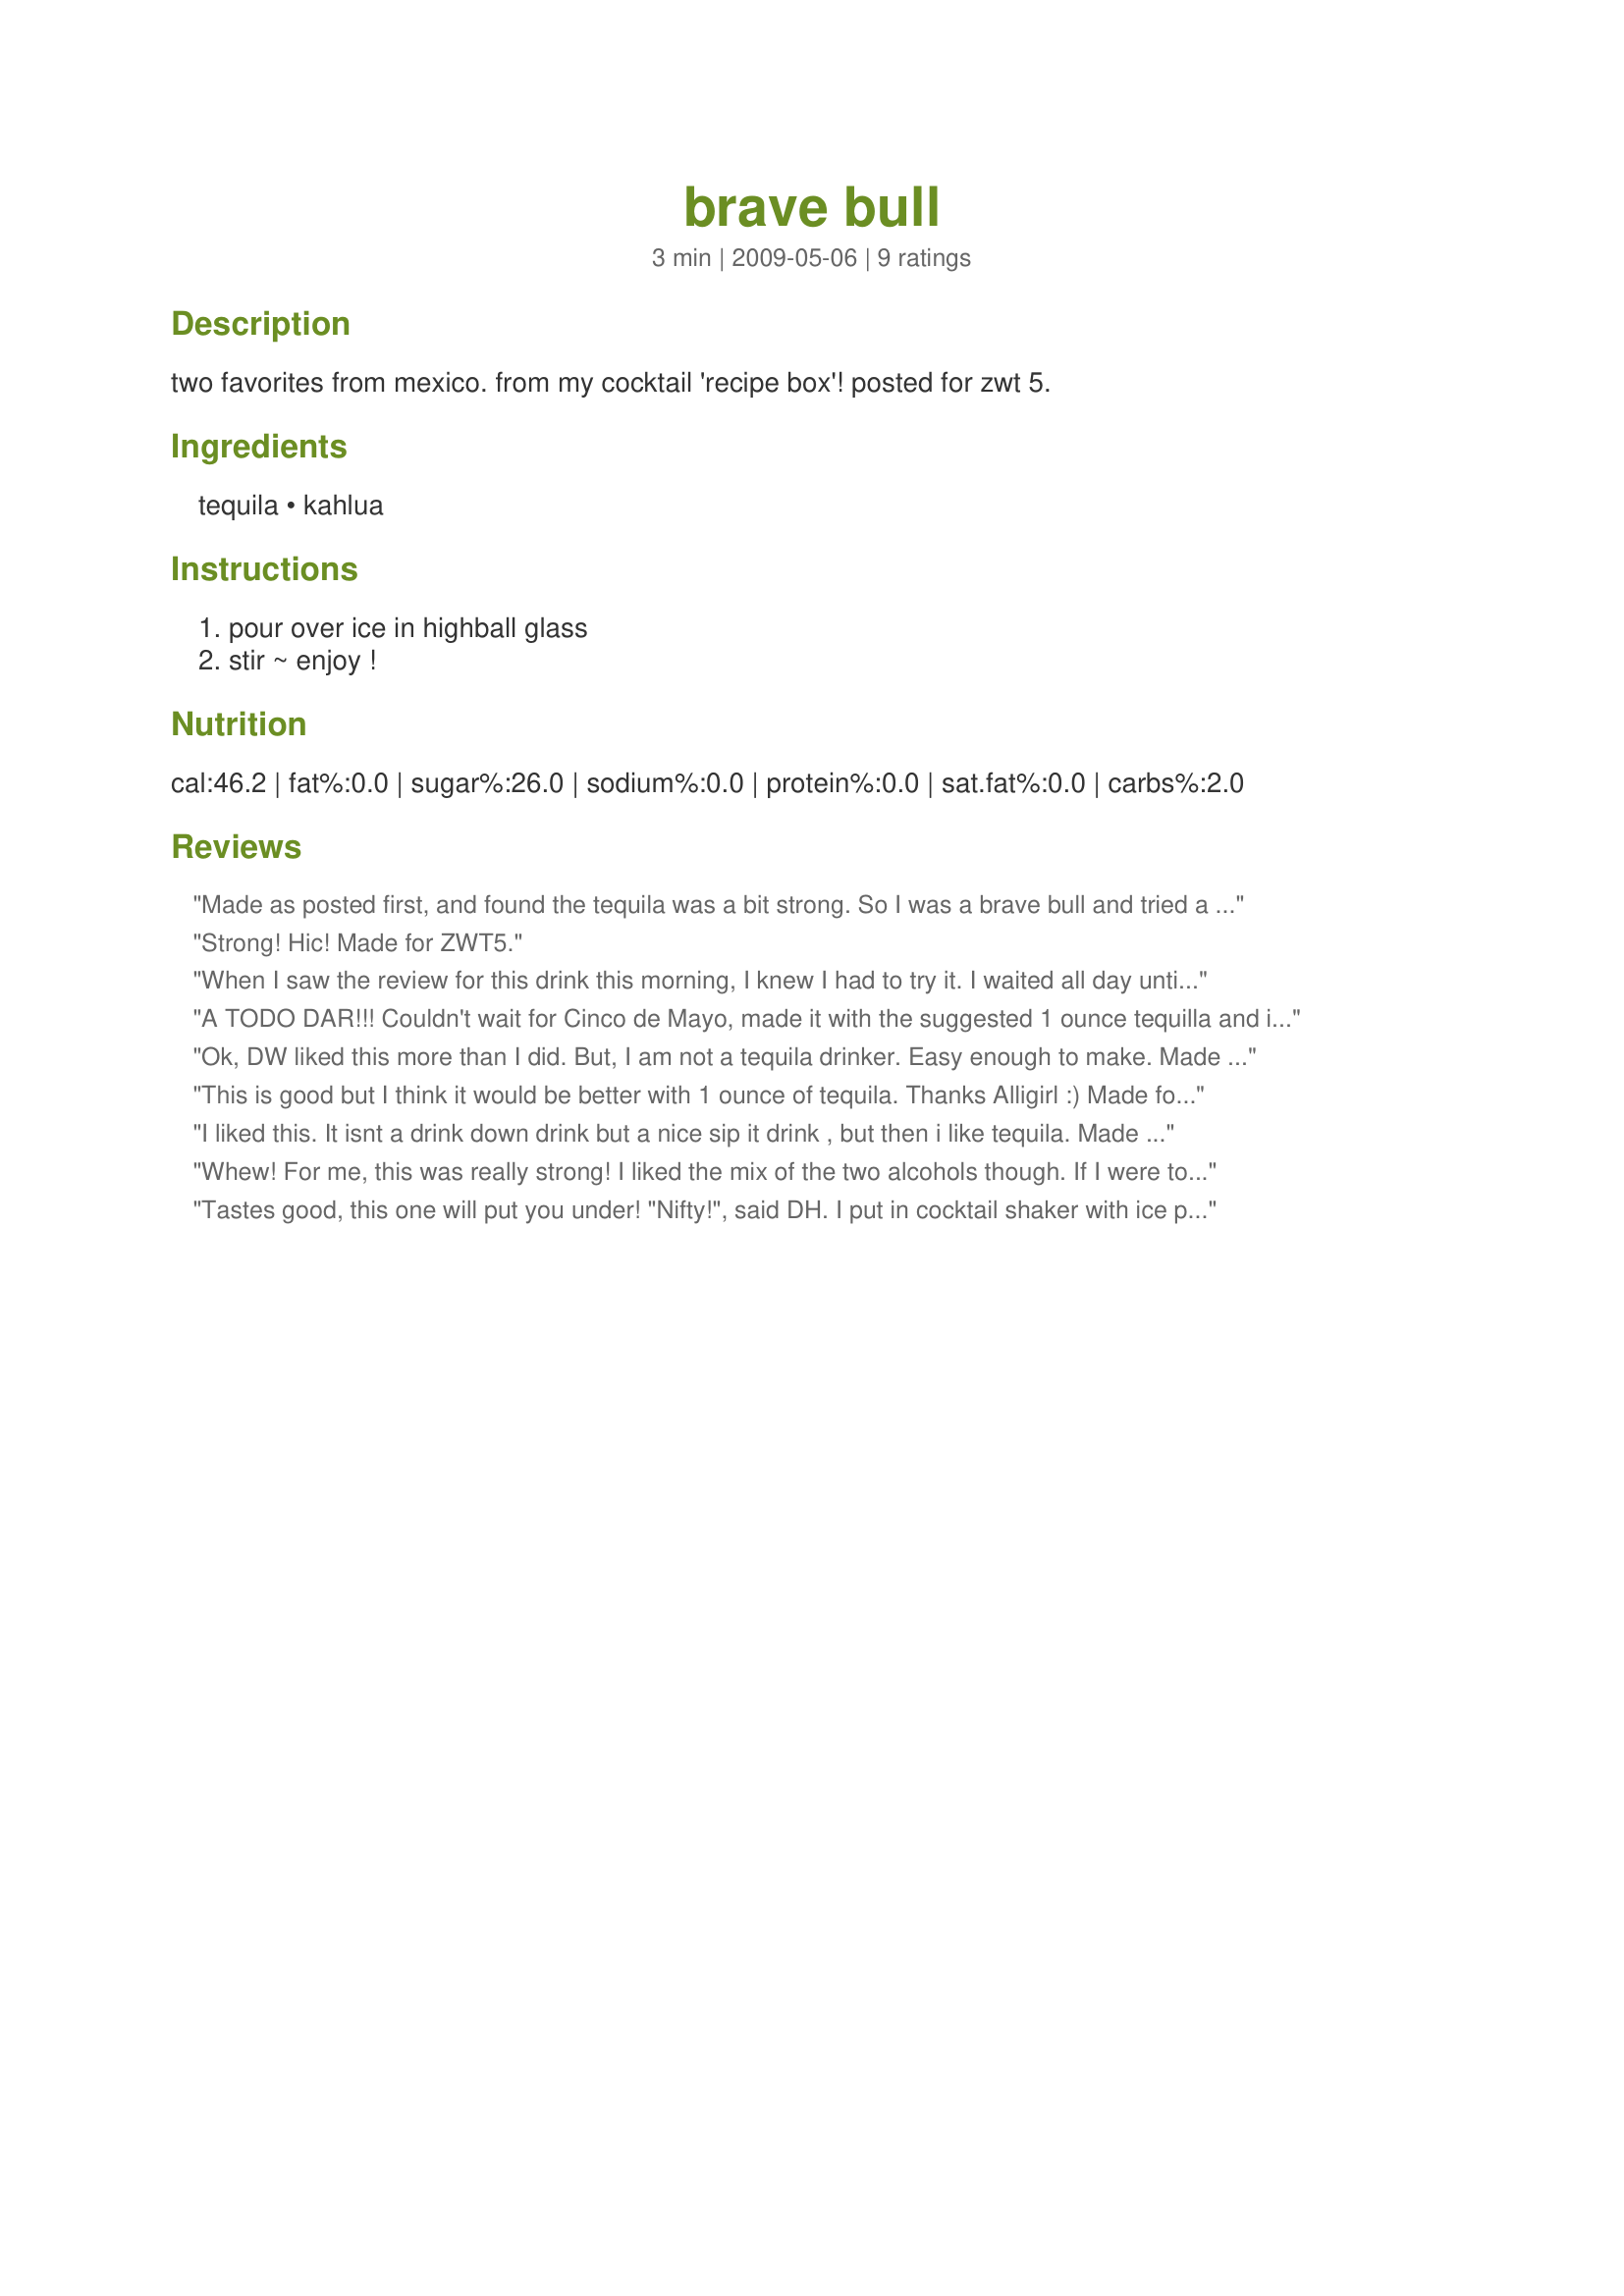
brave bull
Preparation time: 3 minutes

two favorites from mexico. from my cocktail 'recipe box'! posted for zwt 5.

Ingredients:
tequila, kahlua

Steps:
pour over ice in highball glass, stir ~ enjoy !

Reviews:
Made as posted first, and found the tequila was a bit strong. So I was a brave bull and tried a second round, reducing the tequila and increasing the kahlua.....much better!
Strong! Hic! Made for ZWT5.
When I saw the review for this drink this morning, I knew I had to try it. I waited all day until the cocktail hour! It was worth waiting for, too. I used KateL's tip about shaking it up first with ice. Now I'll sip on this and watch Idol finale tonight. Made for Team Hell's Kitchen Angels, ZWT5 for Mexico/Tex-Mex region.
A TODO DAR!!! Couldn't wait for Cinco de Mayo, made it with the suggested 1 ounce tequilla and it was sabroso
Ok, DW liked this more than I did. But, I am not a tequila drinker. Easy enough to make. Made for ZWT8. The Wild Bunch.
This is good but I think it would be better with 1 ounce of tequila. Thanks Alligirl :) Made for the Saucy Senoritas of ZWT5
I liked this. It isnt a drink down drink but a nice sip it drink , but then i like tequila. Made for World Tour 8
Whew! For me, this was really strong! I liked the mix of the two alcohols though. If I were to make it again, I would definitely cut back on the tequila. Thanks for sharing alligirl! Made for Everyday is a Holiday.
Tastes good, this one will put you under! "Nifty!", said DH. I put in cocktail shaker with ice prior to pouring into highball glass with ice cubes -- didn't want the ice cubes in the highball glass to do all the work! The Kahlua is more prominent, with a slight Tequila taste, this reminds me of frat parties in my youth. Don't drive after one of these. Thanks for sharing, alligirl! Made for ZWT5 for Mexico/Tex-Mex/Southwest US region.
